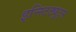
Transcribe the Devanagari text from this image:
इन्स्टिट्युट्स